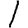
Digit: 1